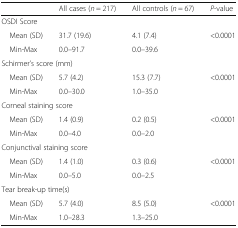
<table><thead><tr><td></td><td><b>All cases (<i>n</i> = 217)</b></td><td><b>All controls (<i>n</i> = 67)</b></td><td><b><i>P</i>-value</b></td></tr></thead><tbody><tr><td colspan="4">OSDI Score</td></tr><tr><td> Mean (SD)</td><td>31.7 (19.6)</td><td>4.1 (7.4)</td><td>&lt;0.0001</td></tr><tr><td> Min-Max</td><td>0.0–91.7</td><td>0.0–39.6</td><td></td></tr><tr><td colspan="4">Schirmer’s score (mm)</td></tr><tr><td> Mean (SD)</td><td>5.7 (4.2)</td><td>15.3 (7.7)</td><td>&lt;0.0001</td></tr><tr><td> Min-Max</td><td>0.0–30.0</td><td>1.0–35.0</td><td></td></tr><tr><td colspan="4">Corneal staining score</td></tr><tr><td> Mean (SD)</td><td>1.4 (0.9)</td><td>0.2 (0.5)</td><td>&lt;0.0001</td></tr><tr><td> Min-Max</td><td>0.0–4.0</td><td>0.0–2.0</td><td></td></tr><tr><td colspan="4">Conjunctival staining score</td></tr><tr><td> Mean (SD)</td><td>1.4 (1.0)</td><td>0.3 (0.6)</td><td>&lt;0.0001</td></tr><tr><td> Min-Max</td><td>0.0–5.0</td><td>0.0–2.5</td><td></td></tr><tr><td colspan="4">Tear break-up time(s)</td></tr><tr><td> Mean (SD)</td><td>5.7 (4.0)</td><td>8.5 (5.0)</td><td>&lt;0.0001</td></tr><tr><td> Min-Max</td><td>1.0–28.3</td><td>1.3–25.0</td><td></td></tr></tbody></table>